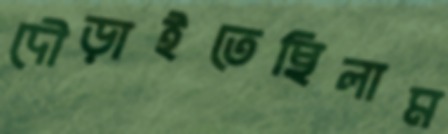
দৌড়াইতেছিলাম